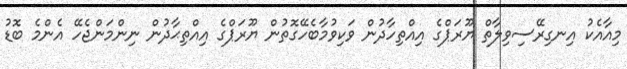
މިއާއެކު އިނގިރޭސިވިލާތް ޔޫރަޕްގެ އިއްތިހާދުން ވަކިވުމާބެހޭގޮތުން ޔޫރަޕްގެ އިއްތިޙާދުން ނިންމަންޖެހޭ އެންމެ ބޮޑު